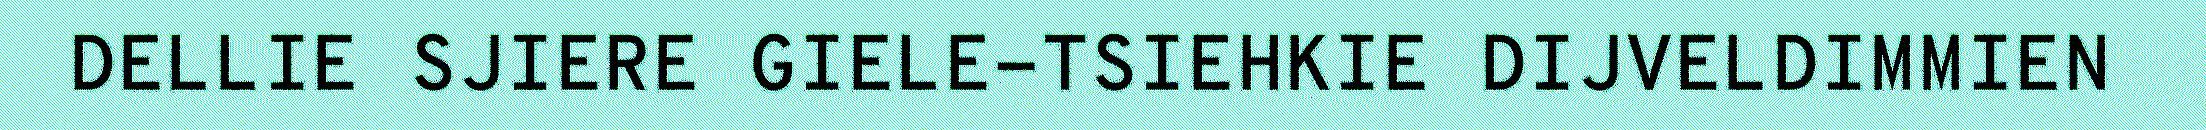
DELLIE SJIERE GIELE-TSIEHKIE DIJVELDIMMIEN